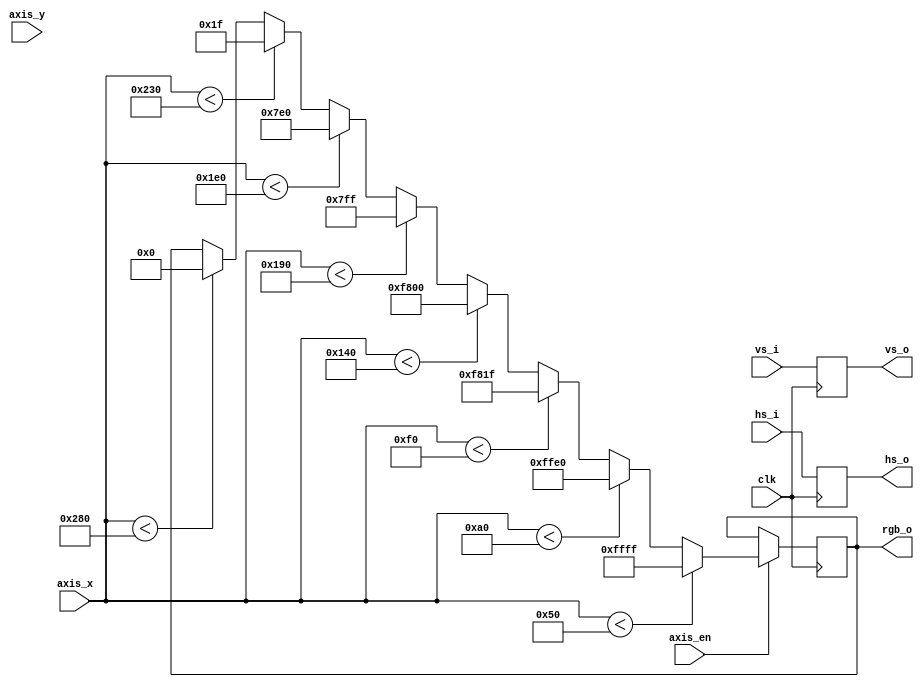
`timescale 1ns / 1ps
//////////////////////////////////////////////////////////////////////////////////
// Company: 
// Engineer: 
// 
// Create Date:
// Design Name: 
// Module Name: vga_colorbar
// Project Name: 
// Target Devices: 
// Tool Versions: 
// Description: 
// 
// Dependencies: 
// 
// Revision:
// Revision 0.01 - File Created
// Additional Comments:
// 
//////////////////////////////////////////////////////////////////////////////////

module vga_colorbar
#(
	parameter X = 640,
	parameter Y = 480
)
(
	input	wire		clk,
	
	// vga
	input	wire		hs_i,
	input	wire		vs_i,
	input	wire		axis_en,
	input	wire [10:0]	axis_x,
	input	wire [10:0] axis_y,
	
	// vga
	output	reg			hs_o,
	output	reg			vs_o,
	output	reg [15:0]	rgb_o
);

// 
always@(posedge clk)
begin
	if(axis_en)
	begin
		if(axis_x < X*1/8)
			rgb_o <= {5'b11111,6'b111111,5'b11111};
		else if(axis_x < X*2/8)
			rgb_o <= {5'b11111,6'b111111,5'b00000};
		else if(axis_x < X*3/8)
			rgb_o <= {5'b11111,6'b000000,5'b11111};
		else if(axis_x < X*4/8)
			rgb_o <= {5'b11111,6'b000000,5'b00000};
		else if(axis_x < X*5/8)
			rgb_o <= {5'b00000,6'b111111,5'b11111};
		else if(axis_x < X*6/8)
			rgb_o <= {5'b00000,6'b111111,5'b00000};
		else if(axis_x < X*7/8)
			rgb_o <= {5'b00000,6'b000000,5'b11111};
		else if(axis_x < X*8/8)
			rgb_o <= {5'b00000,6'b000000,5'b00000};
	end
end

always@(posedge clk)
begin
	hs_o <= hs_i;
	vs_o <= vs_i;
end

endmodule